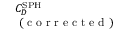
\begin{array} { l } { C _ { D } ^ { \mathrm { S P H } } } \\ { \mathrm { ~ ( ~ c ~ o ~ r ~ r ~ e ~ c ~ t ~ e ~ d ~ ) ~ } } \end{array}